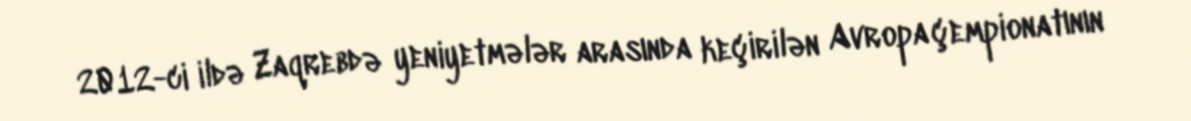
2012-ci ildə Zaqrebdə yeniyetmələr arasında keçirilən Avropa çempionatının